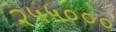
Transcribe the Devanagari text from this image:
२५५०००